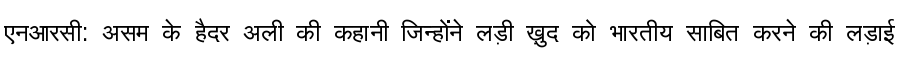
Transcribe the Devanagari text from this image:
एनआरसी: असम के हैदर अली की कहानी जिन्होंने लड़ी ख़ुद को भारतीय साबित करने की लड़ाई